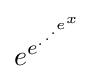
e^{e^{.^{.^{.^{e^{x}}}}}}